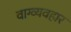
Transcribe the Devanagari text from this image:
वाग्व्यवहार